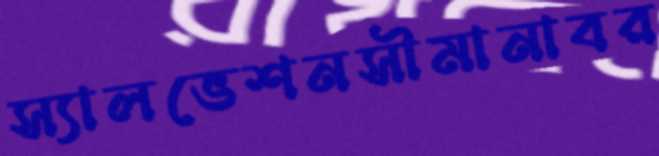
স্যালভেশনসীমানাবর